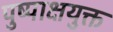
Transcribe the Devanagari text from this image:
पुष्पाक्षयुक्त